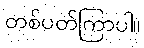
တစ်ပတ်ကြာပါ။